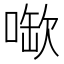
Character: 𫫉